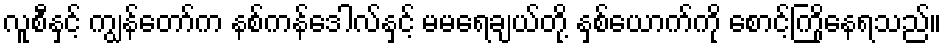
လူစီနှင့် ကျွန်တော်က နစ်ကန်ဒေါလ်နှင့် မမရေချယ်တို့ နှစ်ယောက်ကို စောင့်ကြိုနေရသည်။